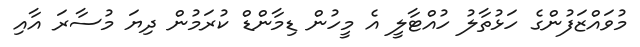
މުވައްޒަފުންގެ ހަޅުތާލު ހުއްޓާލީ އެ މީހުން ޑިމާންޑް ކުރަމުން ދިޔަ މުސާރަ އާއި